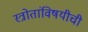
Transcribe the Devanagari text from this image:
स्त्रोतांविषयीची